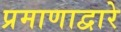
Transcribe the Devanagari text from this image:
प्रमाणाद्वारे